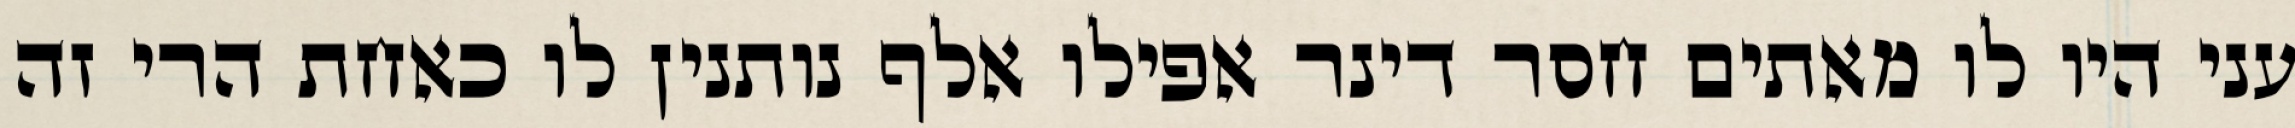
עני היו לו מאתים חסר דינר אפילו אלף נותנין לו כאחת הרי זה